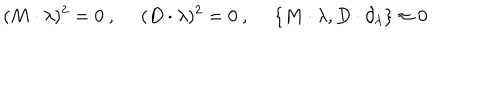
( M \cdot \lambda ) ^ { 2 } = 0 \ , \hspace { 3 e x } ( D \cdot \lambda ) ^ { 2 } = 0 \ , \hspace { 3 e x } \{ M \cdot \lambda , D \cdot \partial _ { \lambda } \} \approx 0